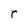
Character: r